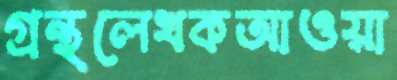
গ্রন্থলেখকআওয়া